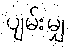
ပျမ်းမျှ